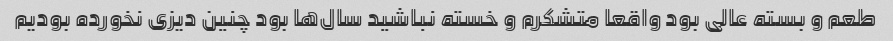
طعم و بسته عالی بود واقعا متشکرم و خسته نباشید سال‌ها بود چنین دیزی نخورده بودیم